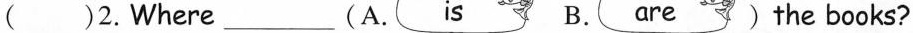
( )2.Where___(A. is B. are ) the books?